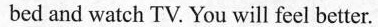
bed and watch TV. You will feel better.